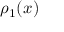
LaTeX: \rho _ { 1 } ( x )